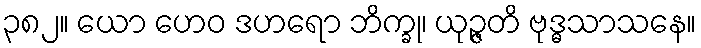
၃၈၂။ ယော ဟေဝ ဒဟရော ဘိက္ခု၊ ယုဉ္ဇတိ ဗုဒ္ဓသာသနေ။